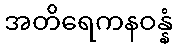
အတိရေကနဝန္နံ